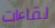
لقاءات